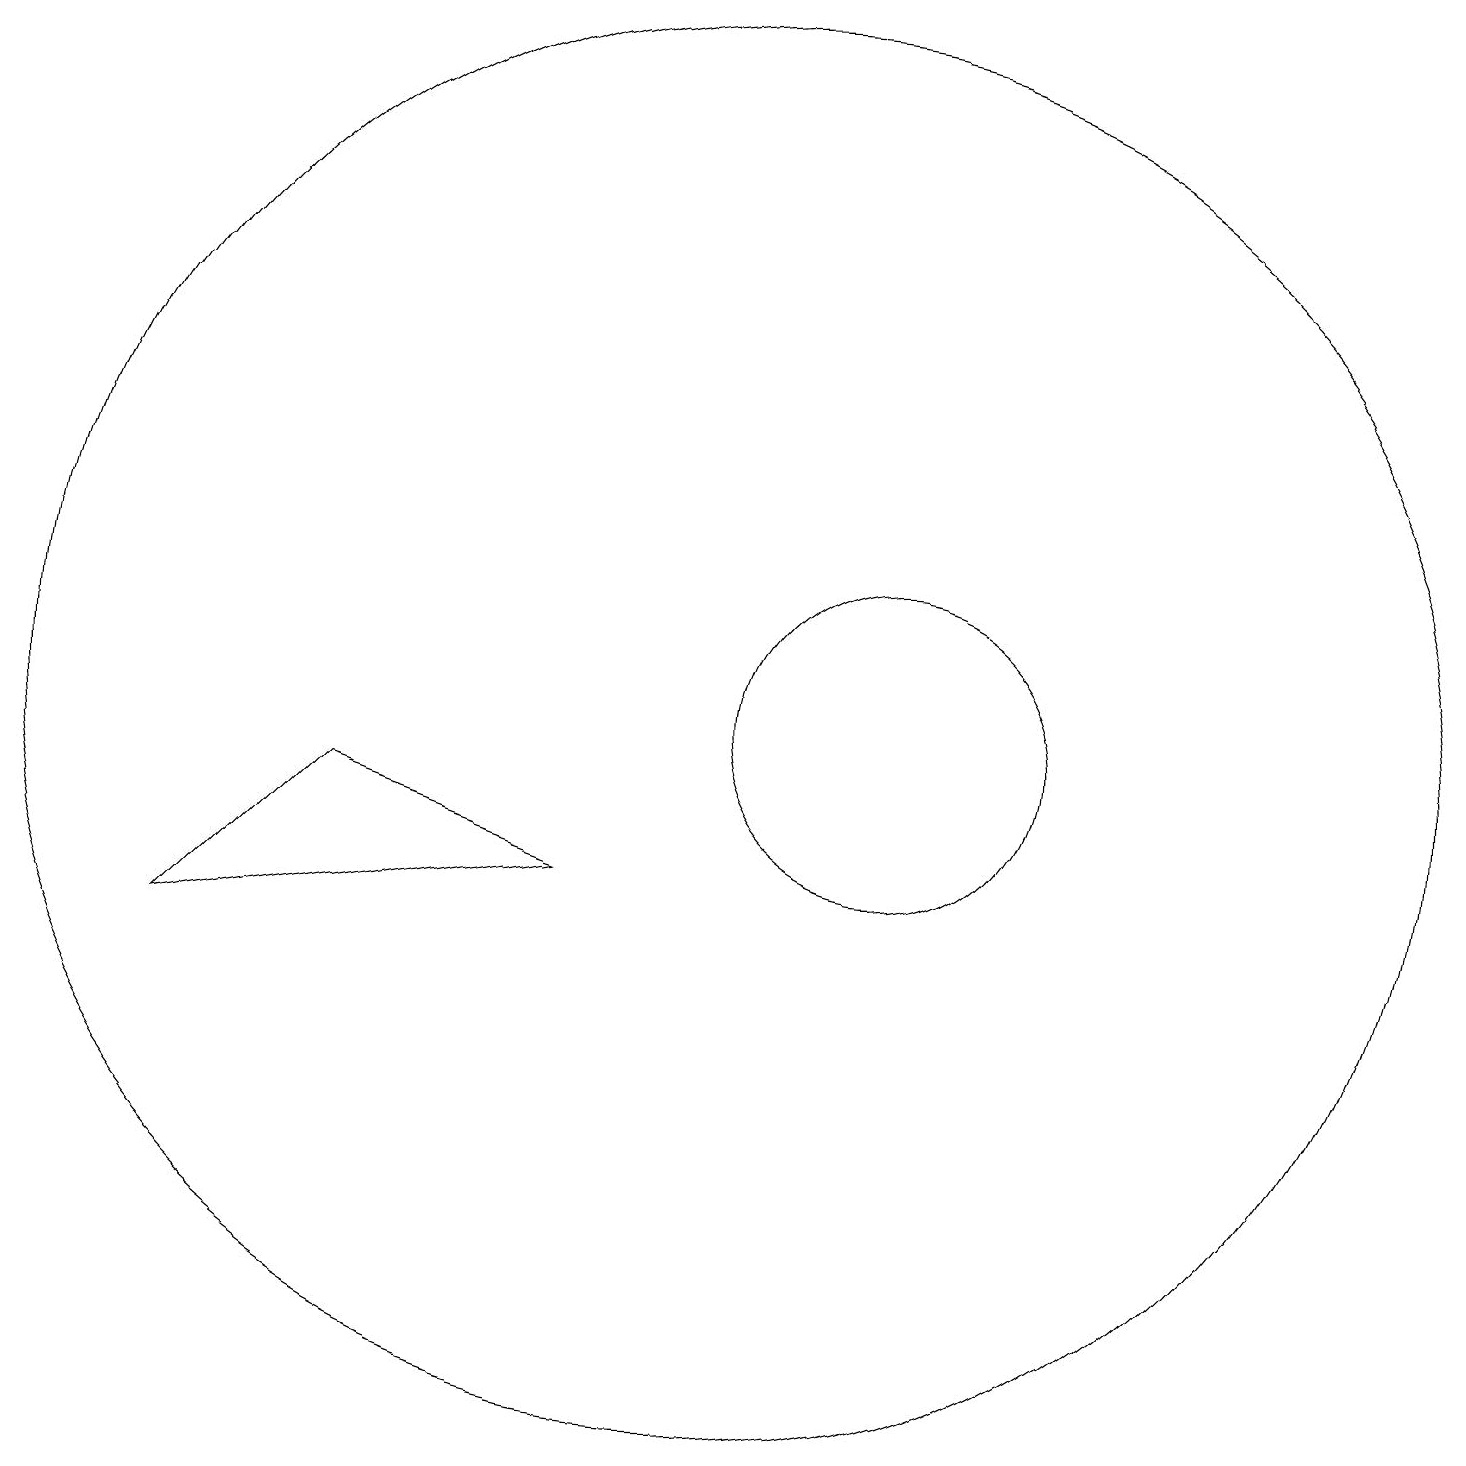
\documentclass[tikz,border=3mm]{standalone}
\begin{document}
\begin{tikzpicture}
\draw (10,10) circle (9);
\draw (5,9) -- (8,8) -- (3,7) -- cycle;
\draw (12,10) circle (2);
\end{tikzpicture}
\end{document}